Vaccination in Burma 1889-1999 - 1889-1999
Year: 1889
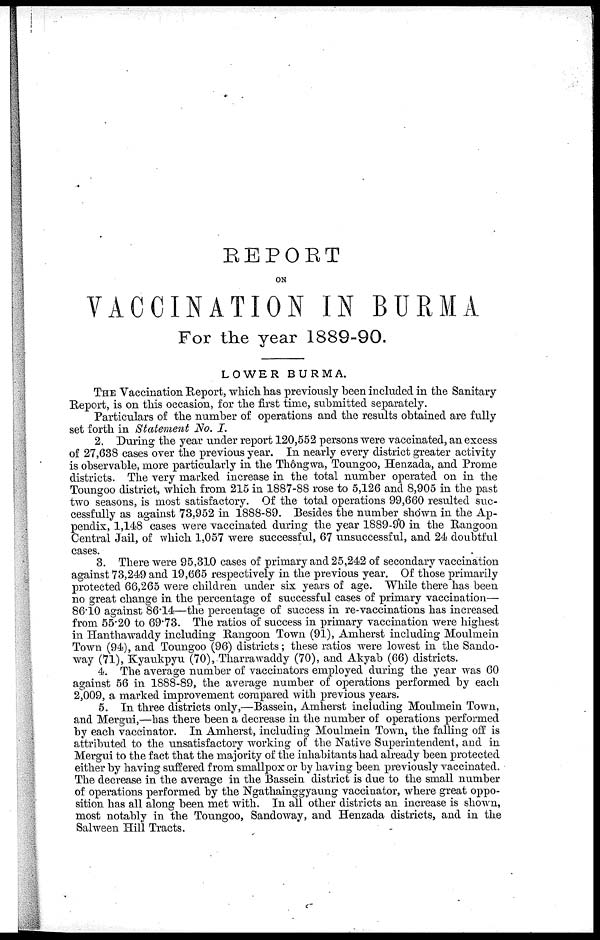
REPORT
ON
VACCINATION IN BURMA
For the year 1889-90.
LOWER BURMA.
THE Vaccination Report, which has previously been included in the Sanitary
Report, is on this occasion, for the first time, submitted separately.
Particulars of the number of operations and the results obtained are fully
set forth in Statement No. I.
2. During the year under report 120,552 persons were vaccinated, an excess
of 27,638 cases over the previous year. In nearly every district greater activity
is observable, more particularly in the Thôngwa, Toungoo, Henzada, and Prome
districts. The very marked increase in the total number operated on in the
Toungoo district, which from 215 in 1887-88 rose to 5,126 and 8,905 in the past
two seasons, is most satisfactory. Of the total operations 99,660 resulted suc-
cessfully as against 73,952 in 1888-89. Besides the number shown in the Ap-
pendix, 1,148 cases were vaccinated during the year 1889-90 in the Rangoon
Central Jail, of which 1,057 were successful, 67 unsuccessful, and 24 doubtful
cases.
3. There were 95,310 cases of primary and 25,242 of secondary vaccination
against 73,249 and 19,665 respectively in the previous year. Of those primarily
protected 66,265 were children under six years of age. While there has been
no great change in the percentage of successful cases of primary vaccination—
86.10 against 86.14—the percentage of success in re-vaccinations has increased
from 55.20 to 69.73. The ratios of success in primary vaccination were highest
in Hanthawaddy including Rangoon Town (91), Amherst including Moulmein
Town (94), and Toungoo (96) districts; these ratios were lowest in the Sando-
way (71), Kyaukpyu (70), Tharrawaddy (70), and Akyab (66) districts.
4. The average number of vaccinators employed during the year was 60
against 56 in 1888-89, the average number of operations performed by each
2,009, a marked improvement compared with previous years.
5. In three districts only,—Bassein, Amherst including Moulmein Town,
and Mergui,—has there been a decrease in the number of operations performed
by each vaccinator. In Amherst, including Moulmein Town, the falling off is
attributed to the unsatisfactory working of the Native Superintendent, and in
Mergui to the fact that the majority of the inhabitants had already been protected
either by having suffered from smallpox or by having been previously vaccinated.
The decrease in the average in the Bassein district is due to the small number
of operations performed by the Ngathainggyaung vaccinator, where great oppo-
sition has all along been met with. In all other districts an increase is shown,
most notably in the Toungoo, Sandoway, and Henzada districts, and in the
Salween Hill Tracts.